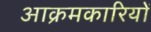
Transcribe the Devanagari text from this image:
आक्रमकारियों